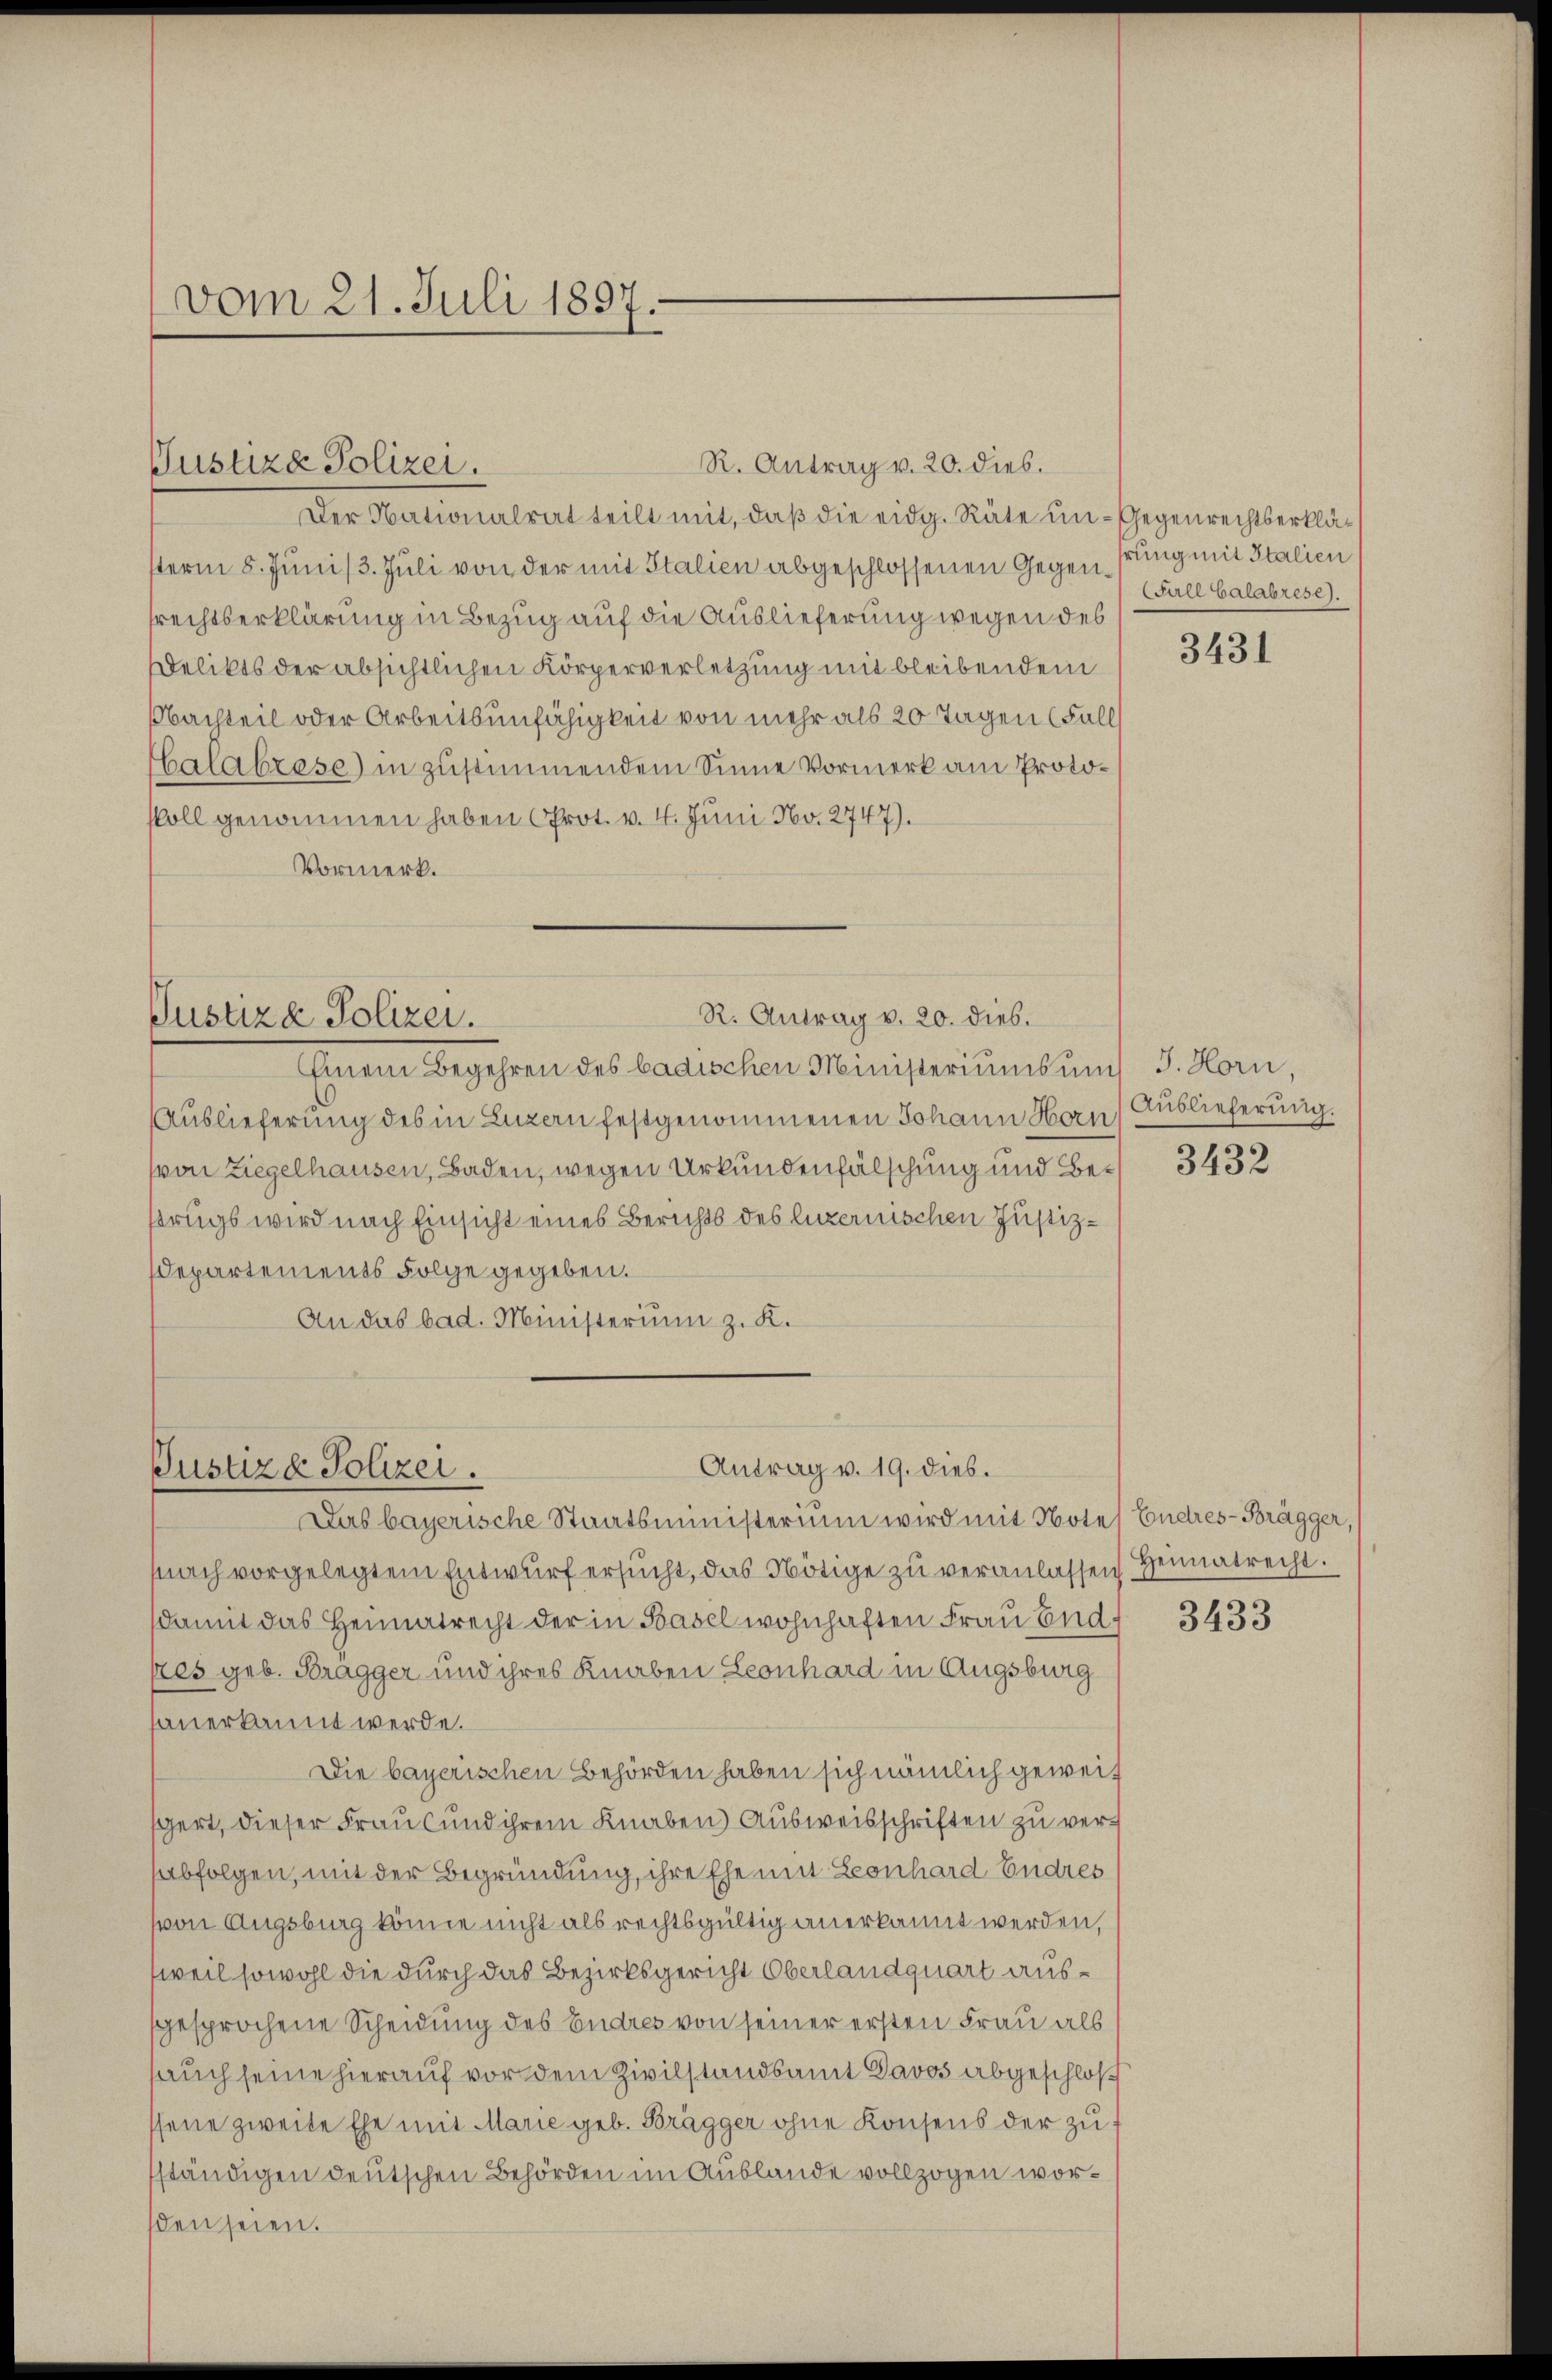
Der Nationalrat teilt mit, daβ die eidg. Räte un- Gegenrechtserklästerm 8. Juni 13. Juli von der mit Italien abgeschlossenen Gegenstung mit Italien
srechtserklärung in Bezug auf die Auslieferung wegen des
delikts der absichtlichen Körperverletzung mit bleibendem
Nachteil oder Arbeitsunfähigkeit von mehr als 20 Tagen (Fall
Chalabzase) in zustimmendem Sinne Vormerk am Protokoll genommen haben (Prot. v. 4. Juni No. 2747).
Vormerk.

vom 21. Juli 1897.

R. Antrag v. 20. dies.
Justiza Polizei.

R. Antrag v. 20. dies.
Justiz & Polizei.

Einem Begehren des badischen Ministeriums um J. Horn,
Auslieferung des in Luzern festgenommenen Johann Horn, Auslieferung.
von Ziegelhausen, Baden, wegen Urkundenfälschung und Betrugs wird nach Einsicht eines Berichts des Luzernischen Justiz¬
Departements Folge gegeben.
An das bad. Ministerium z. K.

Antrag v. 19. dies.
Justiz & Polizei.

Das bayerische Staatsministerium wird mit Notes Endres-Brägger,
nach vorgelegtem Entwŭrf ersŭcht, das Nötige zŭ veranlassen Heimatrecht.
damit das Heimatrecht der in Basel wohnhaften Frau End-
pres geb. Bragger und ihres Knaben Leonhard in Augsburg
sanerkannt werde.
Die bayerischen Behörden haben sich nämlich geweit
gert, dieser Frau und ihrem Knaben Ausweisschriften zu versabfolgen, mit der Begründung, ihre Ehe mit Leonhard Endres
(von Augsburg könne nicht als rechtsgültig anerkannt werden,
weil sowohl die durch das Bezirksgericht Oberlandquart aussgesprochene Scheidung des Endres von seiner ersten Frau als
sauch seine hierauf vor dem Zivilstandsamt Davos abgeschloß
ssene zweite Ehe mit Marie geb. Brägger ohne Konsens der zu
ständigen deutschen Behörden im Auslande vollzogen worsden seien.

(Fall Calabrése).

3431

3432

3433